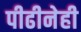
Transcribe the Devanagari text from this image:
पीढीनेही